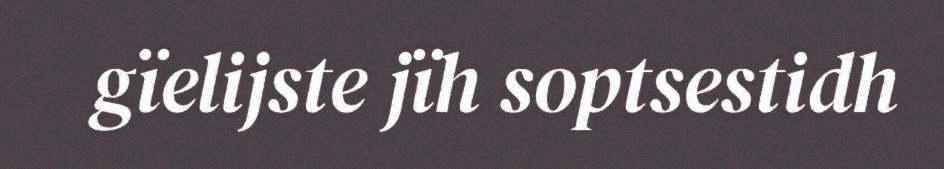
gïelijste jïh soptsestidh